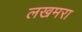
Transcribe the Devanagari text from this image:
लखमरा